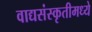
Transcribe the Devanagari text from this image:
वाद्यसंस्कृतीमध्ये